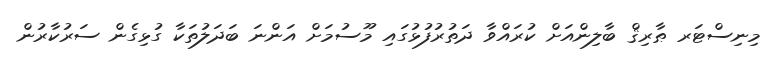
މިނިސްޓަރ ޠާރިޤް ބާލިންއަށް ކުރައްވާ ދަތުރުފުޅުގައި މޫސުމަށް އަންނަ ބަދަލުތަކާ ގުޅިގެން ސަރުކާރުން